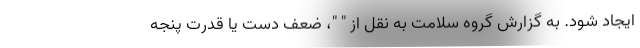
ایجاد شود. به گزارش گروه سلامت به نقل از " "، ضعف دست یا قدرت پنجه